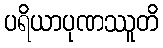
ပရိယာပုဏဿူတိ